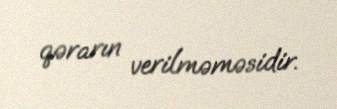
qərarın verilməməsidir.